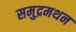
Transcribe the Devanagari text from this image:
समुद्रमथन